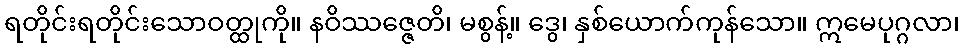
ရတိုင်းရတိုင်းသောဝတ္ထုကို။ နဝိဿဇ္ဇေတိ၊ မစွန့်။ ဒွေ၊ နှစ်ယောက်ကုန်သော။ ဣမေပုဂ္ဂလာ၊